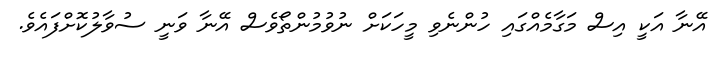
އޭނާ އަކީ އިސް މަގާމެއްގައި ހުންނެވި މީހަކަށް ނުވުމުންތޯވެސް އޭނާ ވަނީ ސުވާލުކޮށްފައެވެ.